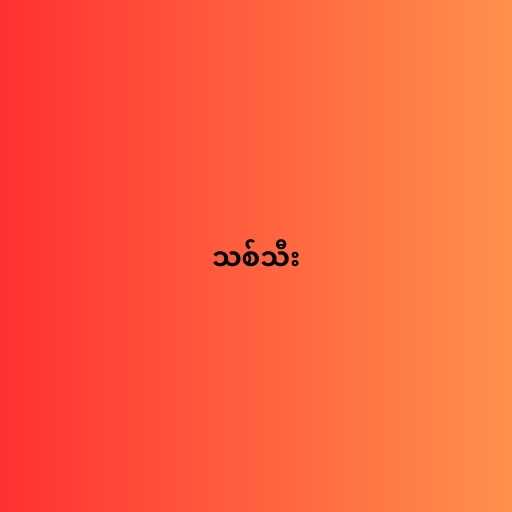
သစ်သီး